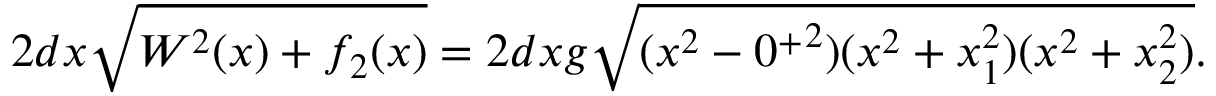
2 d x \sqrt { W ^ { 2 } ( x ) + f _ { 2 } ( x ) } = 2 d x g \sqrt { ( x ^ { 2 } - { 0 ^ { + } } ^ { 2 } ) ( x ^ { 2 } + x _ { 1 } ^ { 2 } ) ( x ^ { 2 } + x _ { 2 } ^ { 2 } ) } .